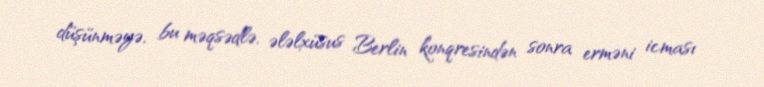
düşünməyə, bu məqsədlə, ələlxüsus Berlin konqresindən sonra erməni icması